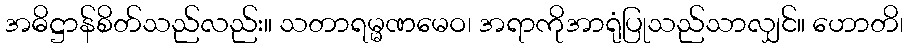
အဓိဋ္ဌာန်စိတ်သည်လည်း။ သတာရမ္မဏမေဝ၊ အရာကိုအာရုံပြုသည်သာလျှင်။ ဟောတိ၊